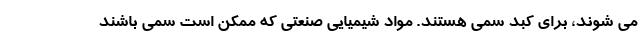
می شوند، برای کبد سمی هستند. مواد شیمیایی صنعتی که ممکن است سمی باشند